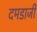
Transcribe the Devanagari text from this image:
दमडाजी